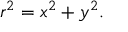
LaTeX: r ^ { 2 } = x ^ { 2 } + y ^ { 2 } .